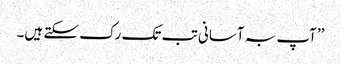
’’آپ بہ آسانی تب تک رک سکتے ہیں۔